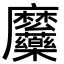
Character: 𮮎